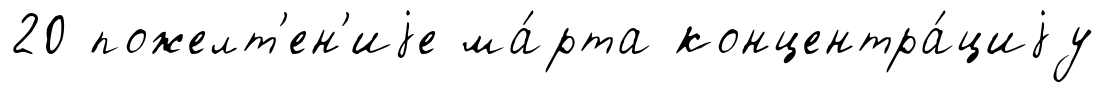
20 пожелт'ен'иjе ма́рта концентра́циjу